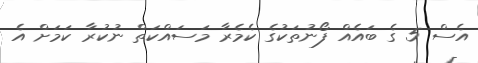
އެސް 5 ގެ ބައެއް ފޯނުތަކުގެ ކެމެރާ މަސައްކަތް ނުކުރާ ކަމަށް އެ